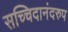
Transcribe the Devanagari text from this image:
सच्चिदानंदरुप